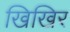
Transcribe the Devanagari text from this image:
खिखिर